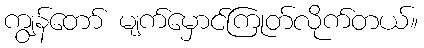
ကျွန်တော် မျက်မှောင်ကြုတ်လိုက်တယ်။